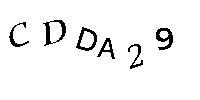
CDDA29